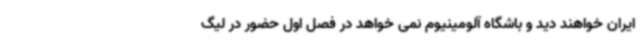
ایران خواهند دید و باشگاه آلومینیوم نمی خواهد در فصل اول حضور در لیگ